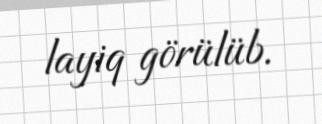
layiq görülüb.